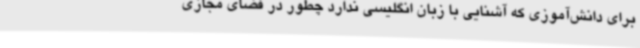
برای دانش‌آموزی که آشنایی با زبان انگلیسی ندارد چطور در فضای مجازی